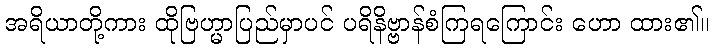
အရိယာတို့ကား ထိုဗြဟ္မာပြည်မှာပင် ပရိနိဗ္ဗာန်စံကြရကြောင်း ဟော ထား၏။